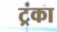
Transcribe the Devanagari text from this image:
ट्रंका